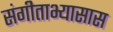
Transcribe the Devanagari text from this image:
संगीताभ्यासास